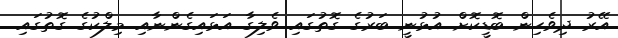
އޭރު ދިވެހިން ބޮޑީކޮށް އުޅުނީ ބަރުގެ ގޮތުގައި ވެލިގާ އަޅައިގެންނާއި މިލްކުގެ ގޮތުގައި